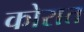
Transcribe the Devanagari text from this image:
कोरात